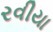
રવીયા